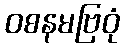
ဝစနမဗြဝုံ